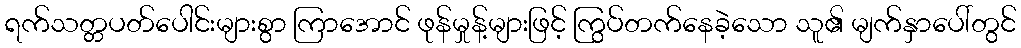
ရက်သတ္တပတ်ပေါင်းများစွာ ကြာအောင် ဖုန်မှုန့်များဖြင့် ကြွပ်တက်နေခဲ့သော သူ၏ မျက်နှာပေါ်တွင်